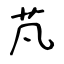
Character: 芃